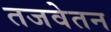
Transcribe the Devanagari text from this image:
तजवेतन